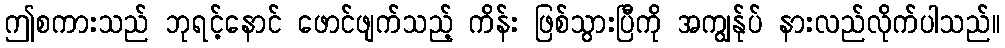
ဤစကားသည် ဘုရင့်နောင် ဖောင်ဖျက်သည့် ကိန်း ဖြစ်သွားပြီကို အကျွန်ုပ် နားလည်လိုက်ပါသည်။